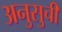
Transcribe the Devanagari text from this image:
अनुसुची